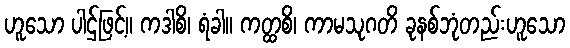
ဟူသော ပါဌ်ဖြင့်။ ကဒါစိ၊ ရံခါ။ ကတ္ထစိ၊ ကာမသုဂတိ ခုနစ်ဘုံတည်းဟူသော